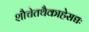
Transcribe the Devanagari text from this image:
शौचेतथैकाहेसद्यः